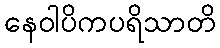
နေဝါပိကပရိသာတိ